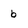
Character: b